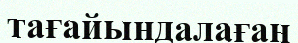
тағайындалаған